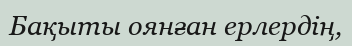
Бақыты оянған ерлердің,